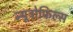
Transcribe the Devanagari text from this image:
न्यूट्रोफिल्स